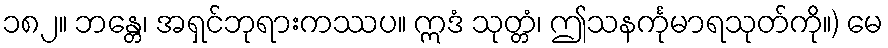
၁၈၂။ ဘန္တေ၊ အရှင်ဘုရားကဿပ။ ဣဒံ သုတ္တံ၊ ဤသနင်္ကုမာရသုတ်ကို။) မေ